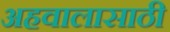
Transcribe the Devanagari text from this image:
अहवालासाठी